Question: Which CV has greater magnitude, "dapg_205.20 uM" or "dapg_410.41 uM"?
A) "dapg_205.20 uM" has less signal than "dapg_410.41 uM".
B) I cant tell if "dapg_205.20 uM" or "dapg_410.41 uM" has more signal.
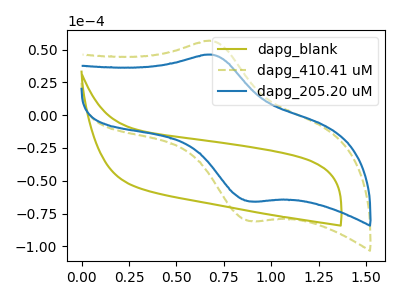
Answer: <think>The olive curve "dapg_blank" has no peaks. The olive dashed curve "dapg_410.41 uM" has an anodic peak at (0.70V, 56.55uA) and a cathodic peak at (0.90V, -80.70uA). The blue curve "dapg_205.20 uM" has an anodic peak at (0.70V, 46.05uA) and a cathodic peak at (0.90V, -65.75uA).
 All the peaks in "dapg_205.20 uM" have a peak in "dapg_410.41 uM" at the same potential. Every peak in "dapg_205.20 uM" is lower than every peak in "dapg_410.41 uM".</think>
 <answer>A) "dapg_205.20 uM" has less signal than "dapg_410.41 uM".</answer>
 <eval>A</eval>